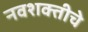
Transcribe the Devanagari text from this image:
नवशक्तीचे